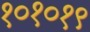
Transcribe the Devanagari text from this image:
१०१०१९